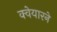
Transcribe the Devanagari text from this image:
क्वेयारने